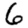
Digit: 6